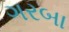
ગરબા